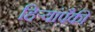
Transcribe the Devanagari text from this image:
हिर्‍यांपैकी